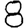
Digit: 8